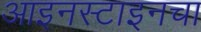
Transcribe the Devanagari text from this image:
आइनस्टाइनचा